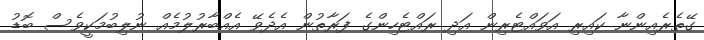
ގޭތެރެއިންނާ ކައިރި އަވައްޓެރިން އަދި ރައްޓެހިންގެ ފަރާތުން އެދެވޭ އެއްބާރުލުމެއް ނުލިބުމަކީވެސް ބޮޑު